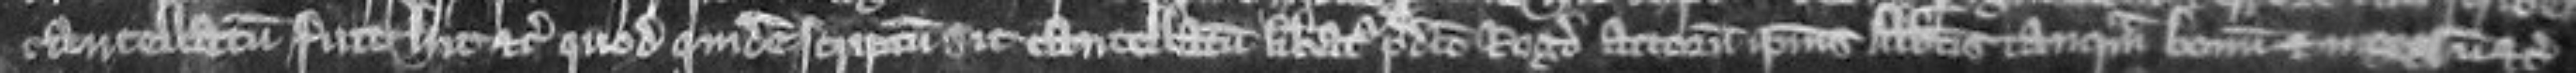
cancelatum fuit hic etc quod quidem scriptum sic cancellatum liberatur predicto Rogero attornato ipsius abbatis tanquam bonum et integrum etc